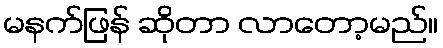
မနက်ဖြန် ဆိုတာ လာတော့မည်။